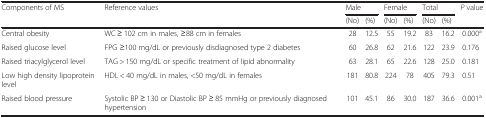
<table><thead><tr><td rowspan="2"><b>Components of MS</b></td><td rowspan="2"><b>Reference values</b></td><td colspan="2"><b>Male</b></td><td colspan="2"><b>Female</b></td><td colspan="2"><b>Total</b></td><td rowspan="2"><b><i>P</i> value</b></td></tr><tr><td><b>(No)</b></td><td><b>(%)</b></td><td><b>(No)</b></td><td><b>(%)</b></td><td><b>(No)</b></td><td><b>(%)</b></td></tr></thead><tbody><tr><td>Central obesity</td><td>WC ≥ 102 cm in males, ≥88 cm in females</td><td>28</td><td>12.5</td><td>55</td><td>19.2</td><td>83</td><td>16.2</td><td>0.000<sup>a</sup></td></tr><tr><td>Raised glucose level</td><td>FPG ≥100 mg/dL or previously disdiagnosed type 2 diabetes</td><td>60</td><td>26.8</td><td>62</td><td>21.6</td><td>122</td><td>23.9</td><td>0.176</td></tr><tr><td>Raised triacylglycerol level</td><td>TAG &gt; 150 mg/dL or specific treatment of lipid abnormality</td><td>63</td><td>28.1</td><td>65</td><td>22.6</td><td>128</td><td>25.0</td><td>0.181</td></tr><tr><td>Low high density lipoprotein level</td><td>HDL &lt; 40 mg/dL in males, &lt;50 mg/dL in females</td><td>181</td><td>80.8</td><td>224</td><td>78</td><td>405</td><td>79.3</td><td>0.51</td></tr><tr><td>Raised blood pressure</td><td>Systolic BP ≥ 130 or Diastolic BP ≥ 85 mmHg or previously diagnosed hypertension</td><td>101</td><td>45.1</td><td>86</td><td>30.0</td><td>187</td><td>36.6</td><td>0.001<sup>a</sup></td></tr></tbody></table>